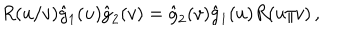
R ( u / v ) \hat { g } _ { 1 } ( u ) \hat { g } _ { 2 } ( v ) = \hat { g } _ { 2 } ( v ) \hat { g } _ { 1 } ( u ) R ( u / v ) \, ,